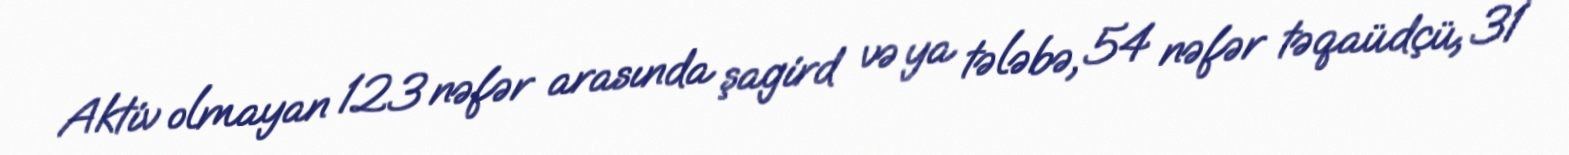
Aktiv olmayan 123 nəfər arasında şagird və ya tələbə, 54 nəfər təqaüdçü, 31